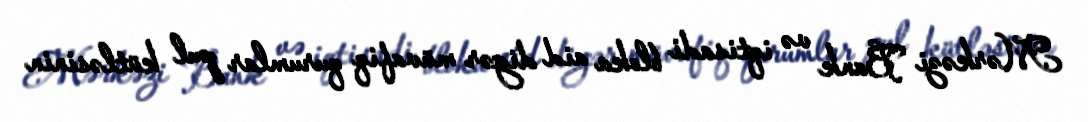
Mərkəzi Bank və iqtisadi bloka aid digər müvafiq qurumlar pul kütləsinin